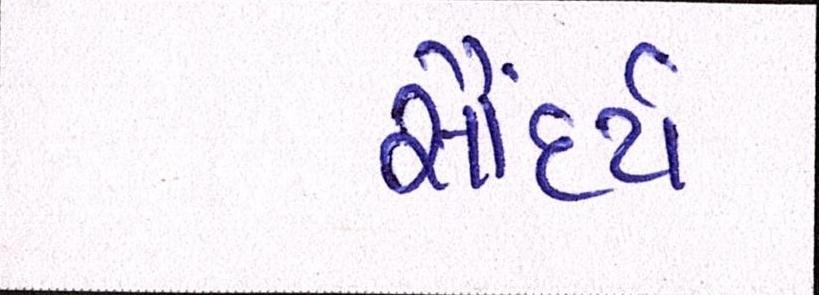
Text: સૌંદર્ય